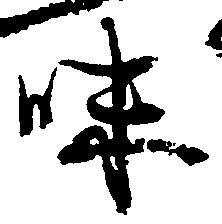
味